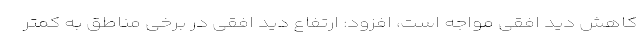
کاهش دید افقی مواجه است، افزود: ارتفاع دید افقی در برخی مناطق به کمتر